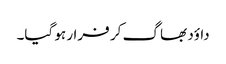
داؤد بھا گ کر فرار ہو گیا۔